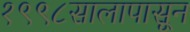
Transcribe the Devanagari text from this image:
१९९८सालापासून